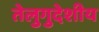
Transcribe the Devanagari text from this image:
तेलुगुदेशीय